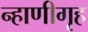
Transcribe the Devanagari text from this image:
न्हाणीगृह